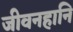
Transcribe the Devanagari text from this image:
जीवनहानि